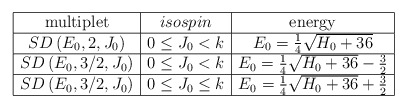
\begin{align*}\begin{array}{|c|c|c|} \hline {\rm multiplet} & {isospin} & {\rm energy} \\ \hline SD\left(E_0,2,J_0\right) & 0\le J_0< k & E_0={1\over 4}\sqrt{H_0+36} \\ \hline SD\left(E_0,3/2,J_0\right) & 0\le J_0< k & E_0={1\over 4}\sqrt{H_0+36}-{3\over 2} \\ \hline SD\left(E_0,3/2,J_0\right) &0\le J_0\le k & E_0={1\over 4}\sqrt{H_0+36}+{3\over 2} \\ \hline \end{array}\end{align*}